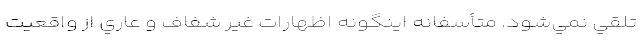
تلقي نمي‌شود. متأسفانه اينگونه اظهارات غير شفاف و عاري از واقعيت